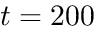
t = 2 0 0